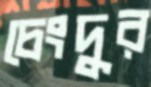
চেংদুর